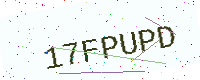
Text: 17FPUPD